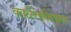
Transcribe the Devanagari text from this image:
कास्तिलियन